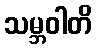
သမ္ဘဝါတိ